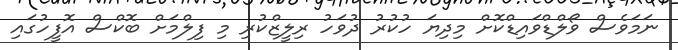
ނަމަވެސް ވޯލްޑްވައިޑްކޮށް މިދިޔަ ހުކުރު ދުވަހު ރިލީޒްކުރި މި ފިލްމަށް ބޮކްސް އޮފީހުގައި